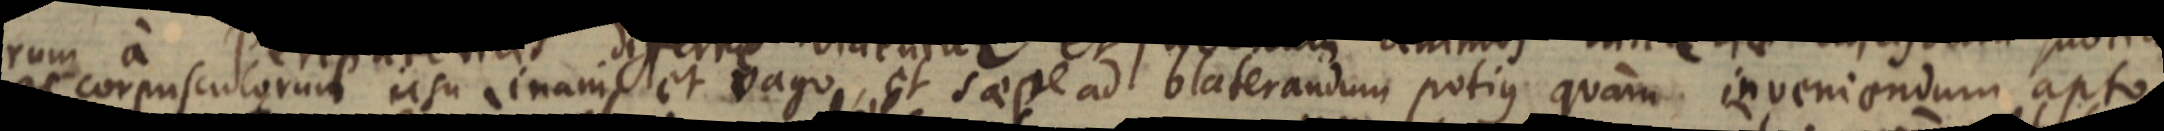
ac corpusculorum usu inani et vago, et saepe ad blaterandum potius quam inveniendum apto